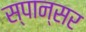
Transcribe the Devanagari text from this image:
स्पान्सर